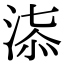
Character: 𣶠